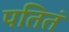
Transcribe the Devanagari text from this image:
पतितं